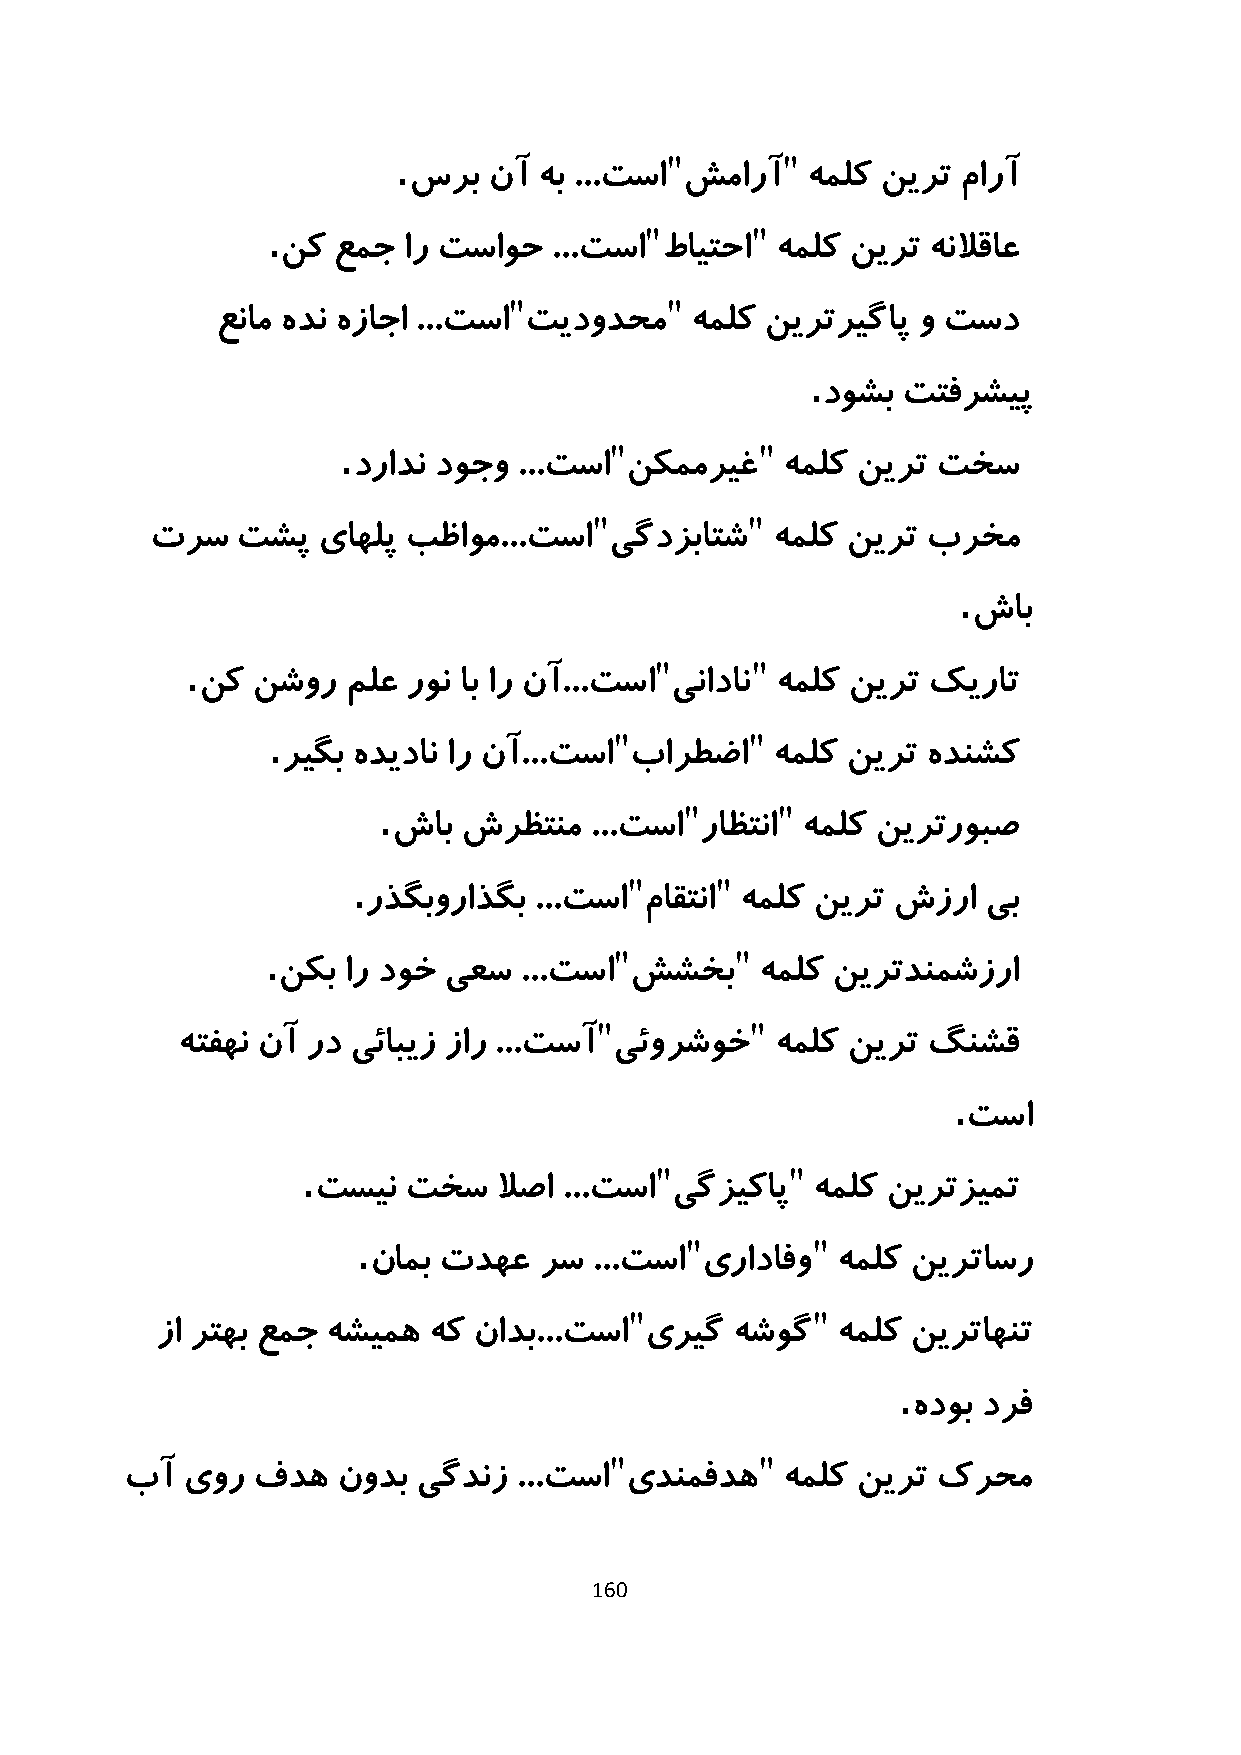
.                 "       "
 سرب  نآ  هب ...تسا شمارآ  هملک نیرت  مارآ
 .                        "      "
 نک عمج  ار تساوح  ...تسا طایتحا هملک نیرت هنلاقاع
 "         "
 عنام هدن هزاجا ...تسا تیدودحم   هملک نیرتریگاپ و تسد
 .
 دوشب  تتفرشیپ
 .                 "         "
 درادن دوجو ...تسا نکممریغ    هملک نیرت تخس
 "         "
 ترس   تشپ  یاهلپ بظاوم...تسا  یگدزباتش   هملک نیرت برخم
 .
 شاب
 .                              "      "
 نک  نشور  ملع رون اب ار نآ...تسا ینادان هملک نیرت کیرات
 .                      "       "
 ریگب هدیدان ار نآ...تسا بارطضا  هملک نیرت هدنشک
 .                   "     "
 شاب  شرظتنم  ...تسا راظتنا هملک نیرتروبص
 .                 "     "
 رذگبوراذگب ...تسا  ماقتنا هملک نیرت شزرا یب
 .                      "       "
 نکب  ار دوخ یعس ...تسا  ششخب    هملک نیرتدنمشزرا
 "          "
 هتفهن نآ رد یئابیز زار ...تسآ یئورشوخ  هملک نیرت گنشق
 .
 تسا
 .                      "        "
 تسین  تخس   لاصا ...تسا یگزیکاپ  هملک نیرتزیمت
 .                    "        "
 نامب تدهع   رس ...تسا یرادافو  هملک نیرتاسر
 "           "
 زا رتهب عمج هشیمه هک نادب...تسا  یریگ  هشوگ  هملک نیرتاهنت
 .
 هدوب درف
 "         "
 بآ  یور  فده  نودب  یگدنز ...تسا یدنمفده    هملک نیرت کرحم
 160